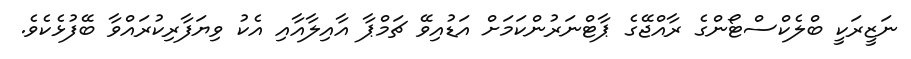
ނަޒީރަކީ ބްލެކްސްޓޯންގެ ރާއްޖޭގެ ޕާޓްނަރުންކަމަށް އަޑުއިވޭ ޗަމްޕާ އާއިލާއާއި އެކު ވިޔަފާރިކުރައްވާ ބޭފުޅެކެވެ.